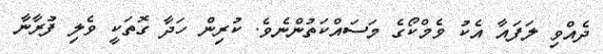
ދެއްވި ލަފައާ އެކު ވެމްކޯގެ މަސައްކަތުންނެވެ. ކުރިން ހަދާ ގޮތަކީ ވެލި ފުރާނާ